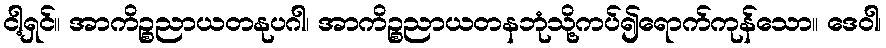
ငါ့ရှင်။ အာကိဉ္စညာယတနုပဂါ၊ အာကိဉ္စညာယတနဘုံသို့ကပ်၍ရောက်ကုန်သော။ ဒေဝါ၊